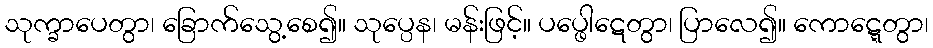
သုက္ခာပေတွာ၊ ခြောက်သွေ့စေ၍။ သုပ္ပေန၊ မန်းဖြင့်။ ပပ္ဖေါဋေတွာ၊ ပြာလေ၍။ ကောဋ္ဋေတွာ၊